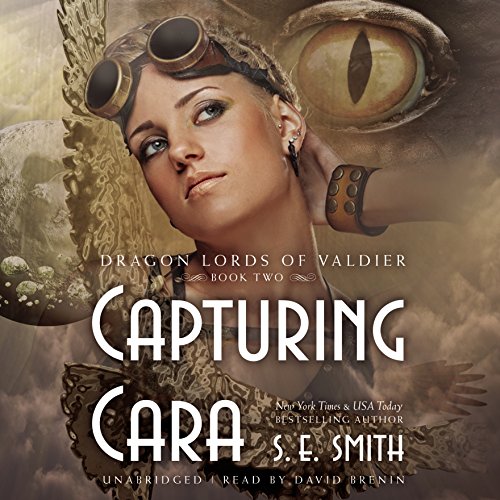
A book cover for Capturing Cara: The Dragon Lords of Valdier, Book 2; S. E. Smith; Romance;